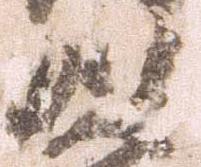
以